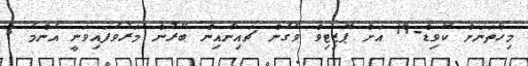
މިހާތަނަށް ކޮވިޑް-19 އަށް ޕޮޒިޓިވް ވެގެން ޗައިނާއިން ބޭރުން މަރުވެފައިވަނީ އެންމެ 3